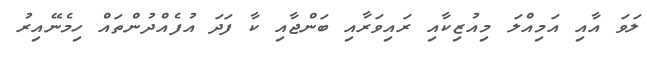
ލަވަ އާއި އަމިއްލަ މިއުޒިކާއި ރައިވަރާއި ބަންޖާއި ކާ ފަދަ އުފެއްދުންތައް ހިމެނޭއިރު